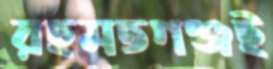
রহমতগঞ্জই